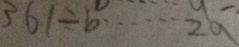
3 6 1 \div b \cdots 2 a